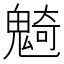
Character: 𩳣